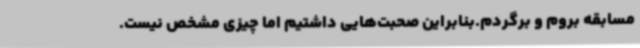
مسابقه بروم و برگردم.بنابراین صحبت‌هایی داشتیم اما چیزی مشخص نیست.